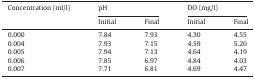
<table><thead><tr><td><b>Concentration (ml/l)</b></td><td colspan="2"><b>pH</b></td><td colspan="2"><b>DO (mg/l)</b></td></tr><tr><td></td><td><b>Initial</b></td><td><b>Final</b></td><td><b>Initial</b></td><td><b>Final</b></td></tr></thead><tbody><tr><td>0.000</td><td>7.84</td><td>7.93</td><td>4.30</td><td>4.55</td></tr><tr><td>0.004</td><td>7.93</td><td>7.15</td><td>4.59</td><td>5.20</td></tr><tr><td>0.005</td><td>7.94</td><td>7.13</td><td>4.64</td><td>4.19</td></tr><tr><td>0.006</td><td>7.85</td><td>6.97</td><td>4.84</td><td>4.03</td></tr><tr><td>0.007</td><td>7.71</td><td>6.81</td><td>4.69</td><td>4.47</td></tr></tbody></table>